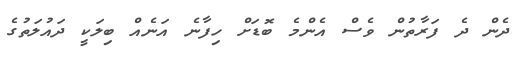
ދެން ދެ ފަރާތުން ވެސް އެންމެ ބޮޑަށް ހިފާނެ އަނެއް ބިލަކީ ދައުލަތުގެ